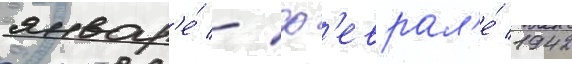
январ'е́ - ф'еврал'е́ 1942